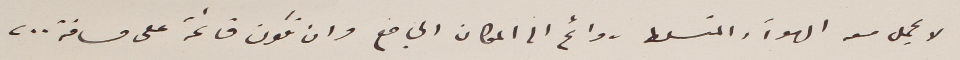
لا يحمل معه الهواء والمتسلط روائح الى المكان الجامع وان تكون قائمة على مسافة ٢٠٠